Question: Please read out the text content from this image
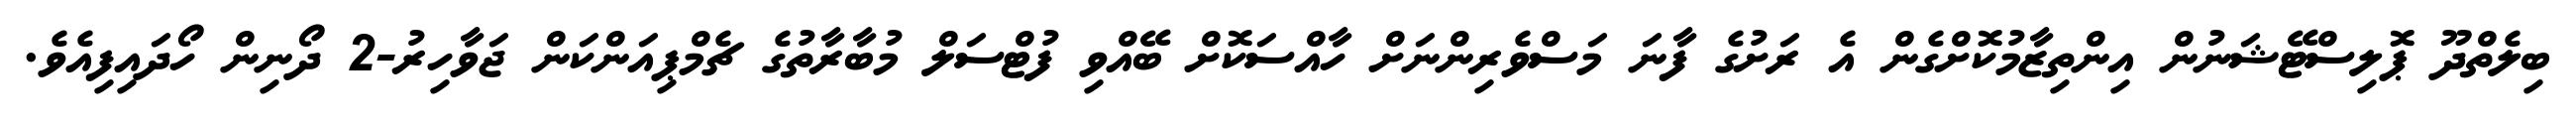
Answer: ބިލެތްދޫ ޕޮލިސްޓޭޝަނުން އިންތިޒާމުކޮށްގެން އެ ރަށުގެ ފާނަ މަސްވެރިންނަށް ހާއްސަކޮށް ބޭއްވި ފުޓްސަލް މުބާރާތުގެ ޗެމްޕިއަންކަން ޖަވާހިރު-2 ދޯނިން ހޯދައިފިއެވެ.